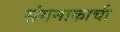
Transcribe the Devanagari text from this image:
संगनाकाची